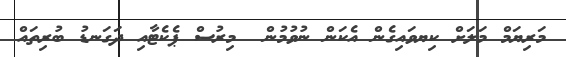
މަރިޔަމް މަލަށް ކިޔވައިގެން އެކަން ނުވުމުން  މިރުސް ޕެކެޓާއި ދަގަނޑު ބުރިތައް